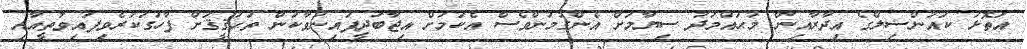
އަތޮޅު ކައުންސިލްގެ އިދާރާއިން މުޙައްމަދު ސިޔާމަށް އެންގުމުންވެސް އެކަމަށް އިޖާބަދީފައިނުވާކަން ތަޙުޤީޤަށް ފާހަގަކުރެވިފައިވާތީއާއި